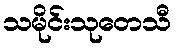
သမိုင်းသုတေသီ